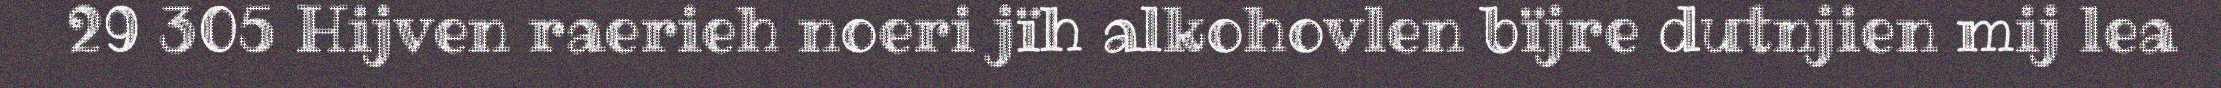
29 305 Hijven raerieh noeri jïh alkohovlen bïjre dutnjien mij lea